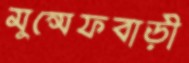
মুন্সেফবাড়ী